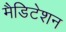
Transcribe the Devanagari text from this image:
मैडिटेशन